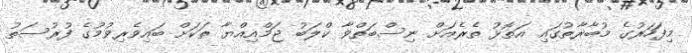
މިފަހަރުގެ މުބާރާތުގައި އަތޮޅު ތެރެއަށް ނިސްބަތްވާ ކްލަބު ޖަމްއިއްޔާ ތަކަށް ބައިވެރިވުމުގެ ފުރުސަތު